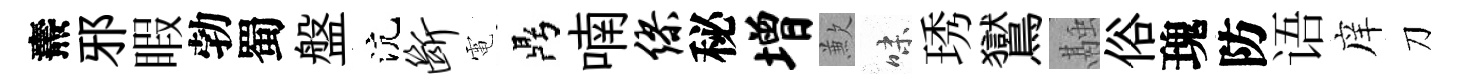
燾邪睱勃蜀盤沆断電鼎喃缪秘增歉味琇鸑融俗瑰防语庠刀